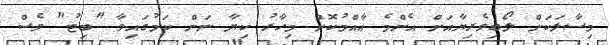
މިސާލަކަށް ލޯބިވެރިޔާއަށް އެންމެ ޢާއްމުކޮށް މިހާރު ކިޔާ ނަން ކަމުގައިވާ "ބިޓު" ވެސް